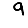
Digit: 9